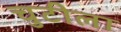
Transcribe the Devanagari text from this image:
चुटीला